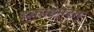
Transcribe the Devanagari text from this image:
इकाहमसा